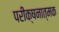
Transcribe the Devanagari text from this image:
परीक्षनात्मक